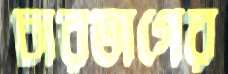
চারভাগের